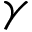
\gamma